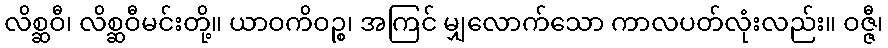
လိစ္ဆဝီ၊ လိစ္ဆဝီမင်းတို့။ ယာဝကိဝဉ္စ၊ အကြင် မျှလောက်သော ကာလပတ်လုံးလည်း။ ဝဇ္ဇီ၊